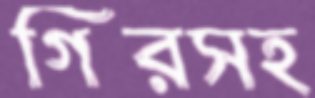
গিরসহ